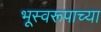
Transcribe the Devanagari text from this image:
भूस्वरूपाच्या